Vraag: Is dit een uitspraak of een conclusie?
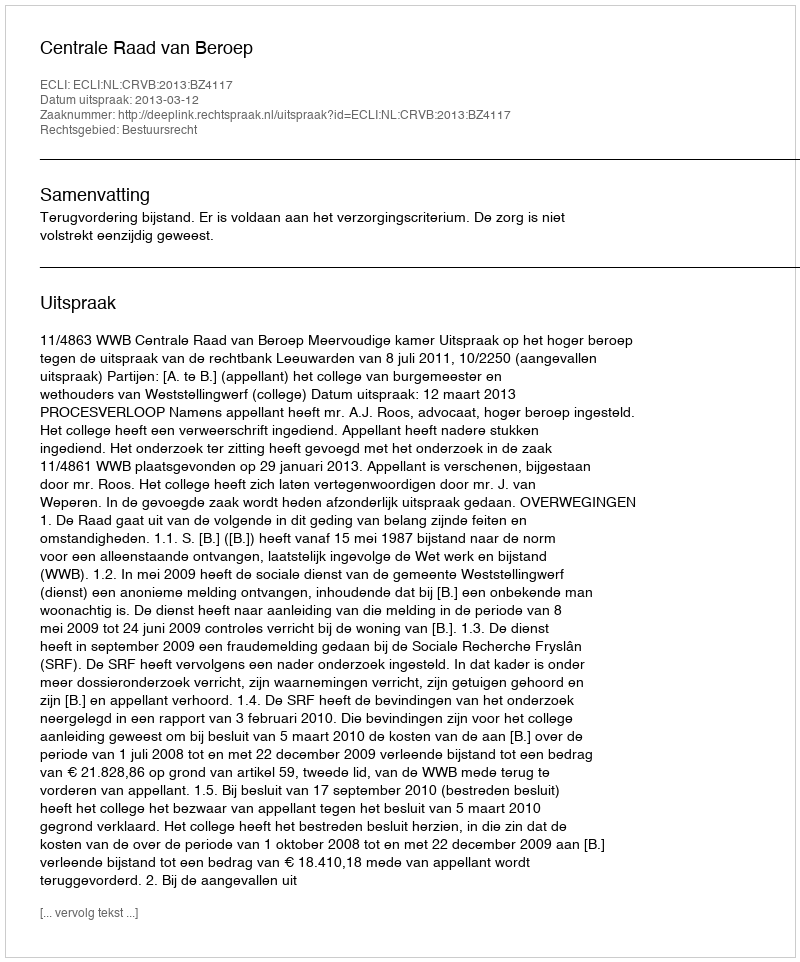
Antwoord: Uitspraak